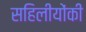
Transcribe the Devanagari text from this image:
सहिलीयोंकी